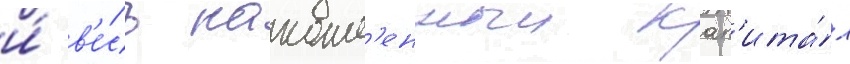
и́ в'е́сь накопл'енныи кап'ита́л